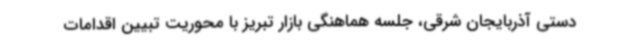
دستی آذربایجان شرقی، جلسه‌ هماهنگی بازار تبریز با محوریت تبیین اقدامات